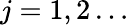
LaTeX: j=1,2\ldots